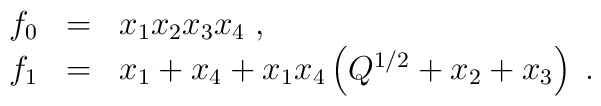
\begin{array}{lll}     f_{0}& = &x_{1}x_{2}x_{3}x_{4}\;,\\     f_{1}& = &x_{1}+x_{4}+x_{1}x_{4}\left(Q^{1/2}+x_{2}+x_{3}\right)\;.\end{array}